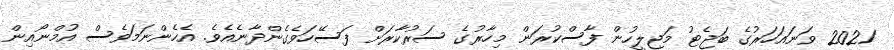
2021 ވަނައަހަރުގެ ބަޖެޓު މަޖިލީހުން ފާސްކުރަން މިހާރުގެ ސަރުކާރަށް ފަސޭހަވެގެންދާނެއެވެ. އެހެންނަމަވެސް އުމްނޯއިން